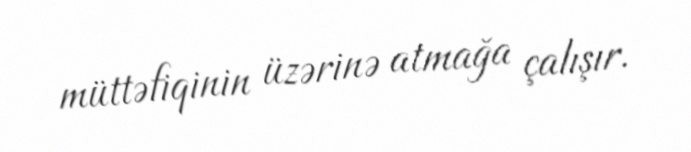
müttəfiqinin üzərinə atmağa çalışır.